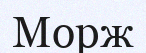
Морж